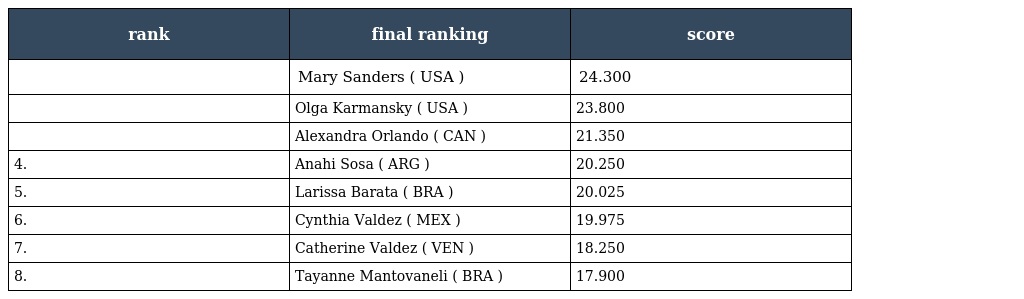
| rank | final ranking | score |
 | --- | --- | --- |
 |  | Mary Sanders ( USA ) | 24.300 |
 |  | Olga Karmansky ( USA ) | 23.800 |
 |  | Alexandra Orlando ( CAN ) | 21.350 |
 | 4. | Anahi Sosa ( ARG ) | 20.250 |
 | 5. | Larissa Barata ( BRA ) | 20.025 |
 | 6. | Cynthia Valdez ( MEX ) | 19.975 |
 | 7. | Catherine Valdez ( VEN ) | 18.250 |
 | 8. | Tayanne Mantovaneli ( BRA ) | 17.900 |